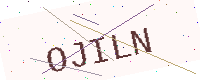
Text: OJILN